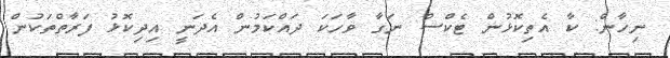
ނިހާން: ކާ އެތިކޮޅުން ޓެކްސް ނަގާ ވާހަކަ ދައްކަމުން އެދަނީ އިދިކޮޅު ފަރާތްތަކުން